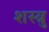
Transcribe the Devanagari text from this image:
शस्त्रु